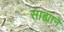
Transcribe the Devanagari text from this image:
साह्यानॆ